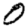
Digit: 0